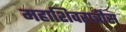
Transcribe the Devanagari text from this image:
महाशिवरात्रीस